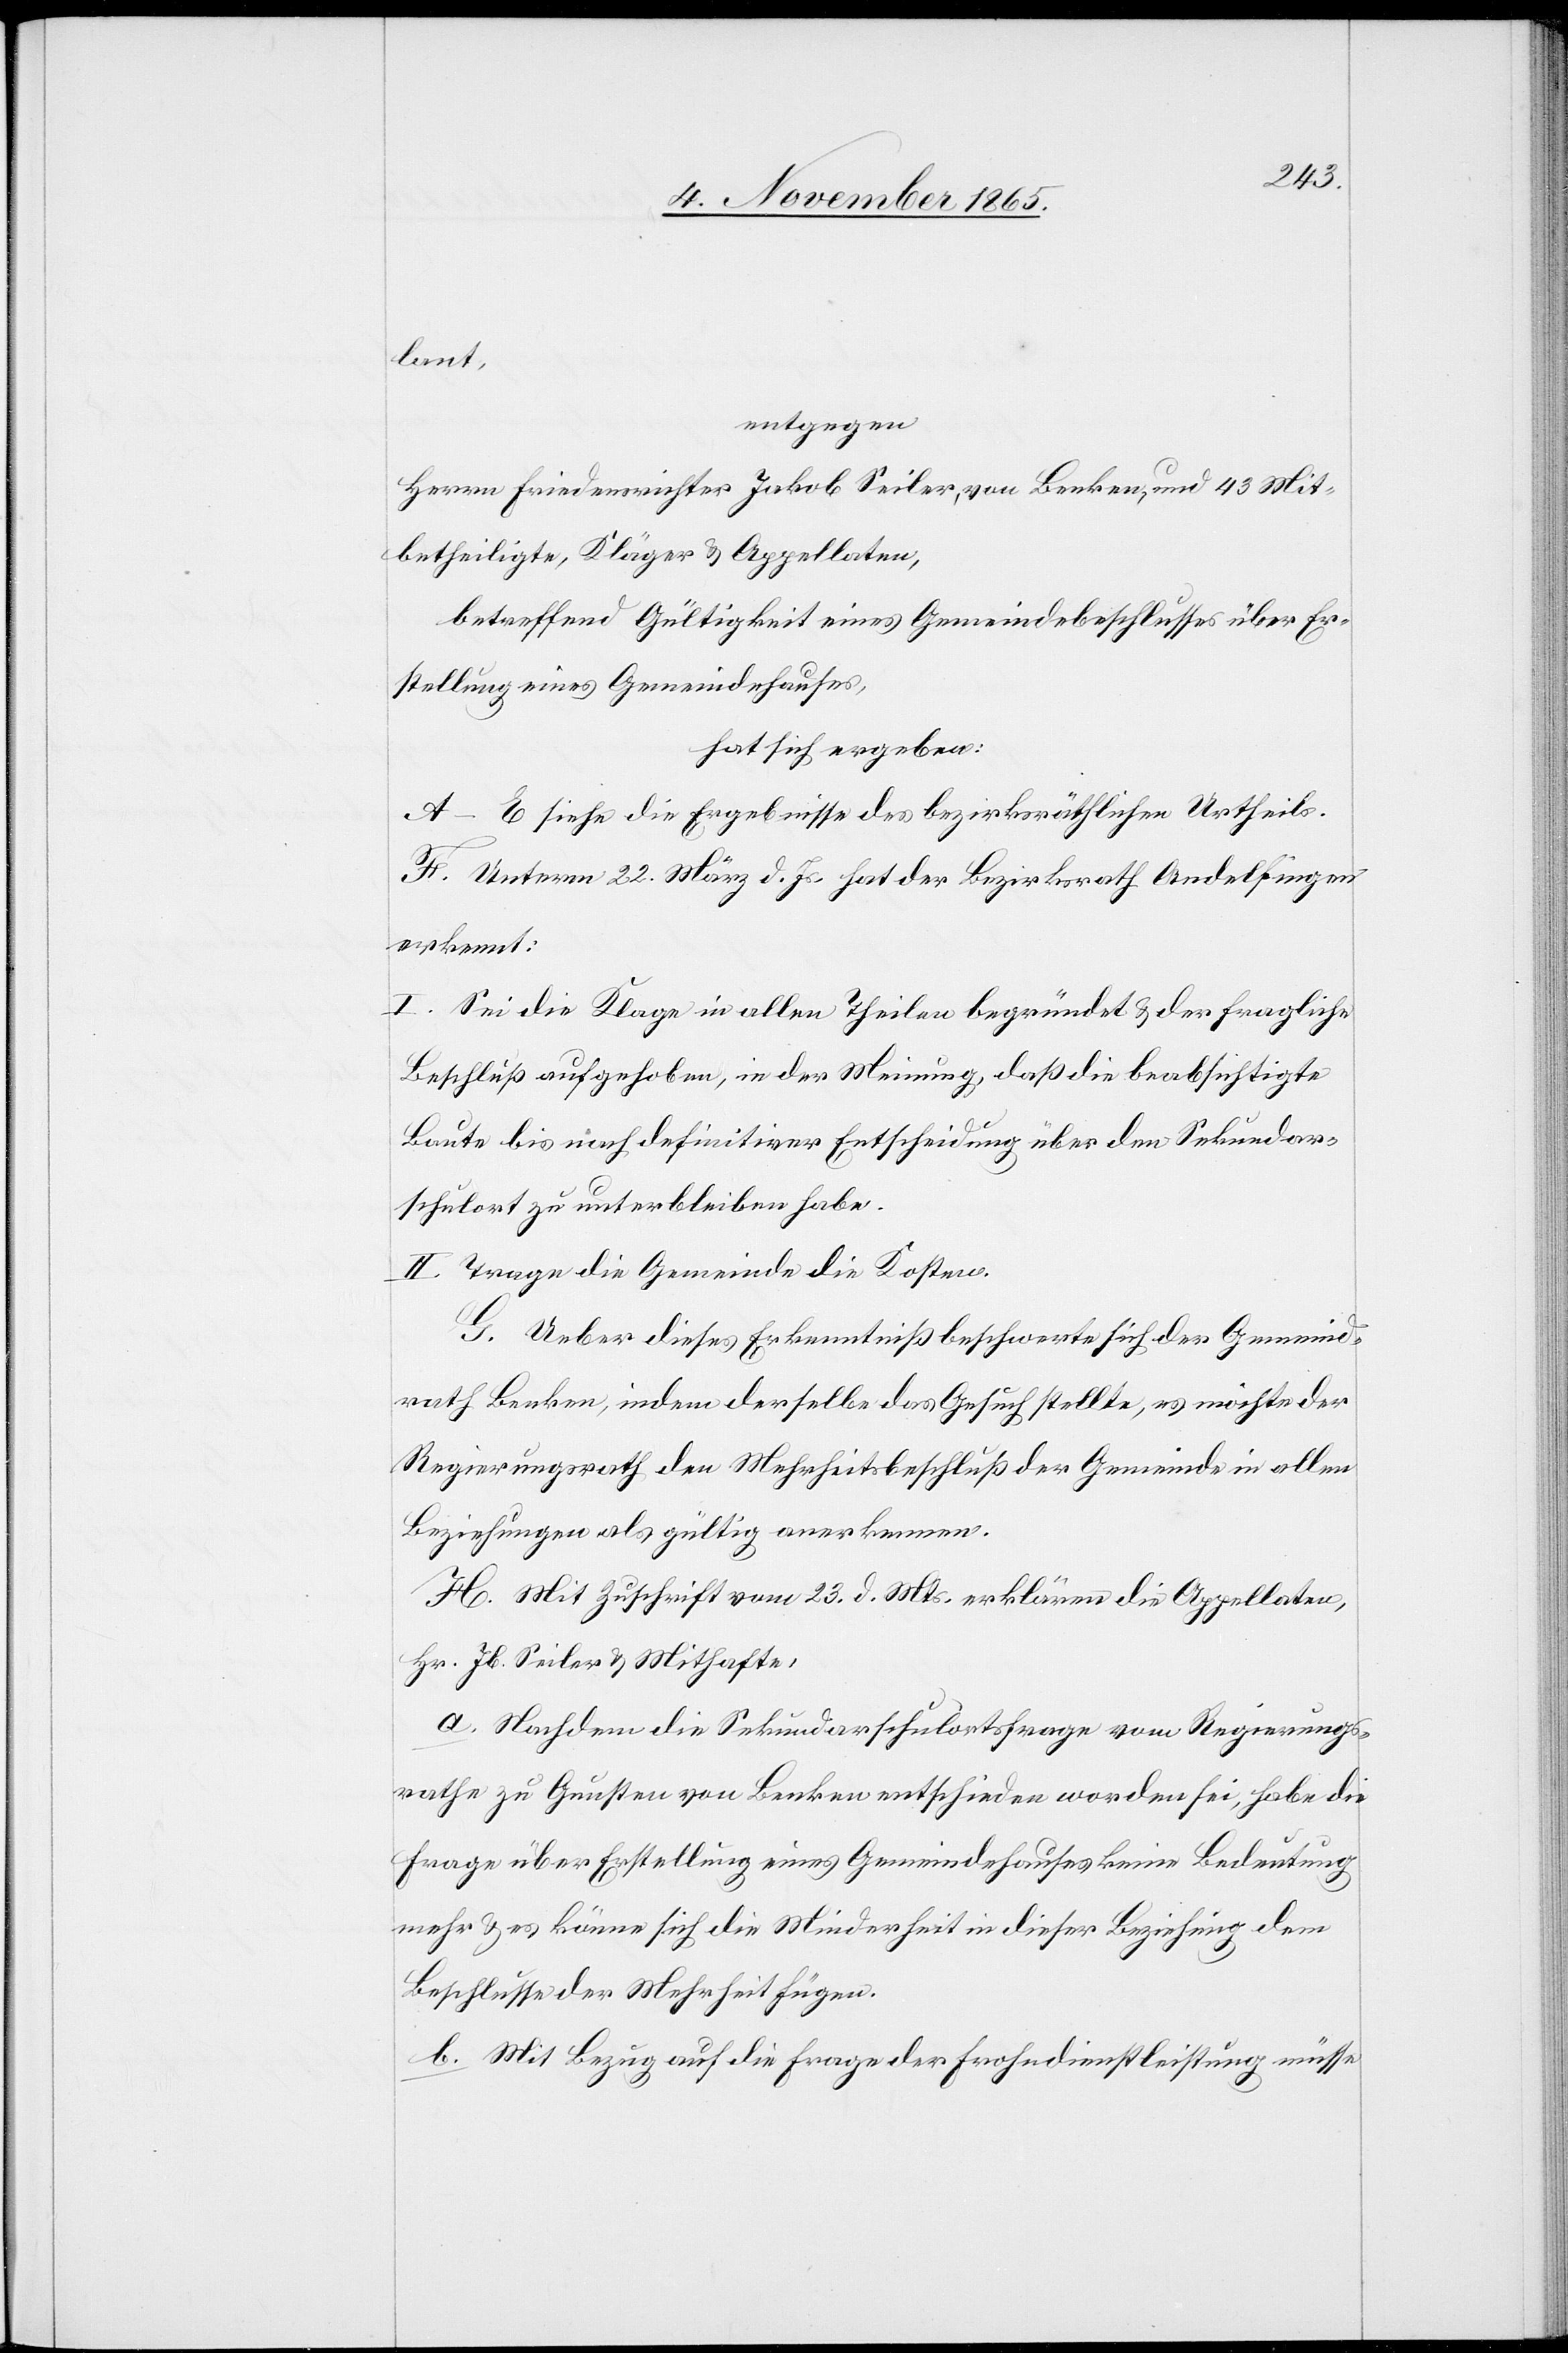
lant,
entgegen
Herrn Friedensrichter Jakob Seiler, von Benken, und 43 Mit¬
betheiligte, Kläger & Appellaten,
hat sich ergeben:
A–E siehe die Ergebnisse des bezirksräthlichen Urtheils.
F. Unterm 22. März d. Js. hat der Bezirksrath Andelfingen
erkennt:
I. Sei die Klage in allen Theilen begründet & der fragliche
Beschluß aufgehoben, in der Meinung, daß die beabsichtigte
Baute bis nach definitiver Entscheidung über den Sekundar¬
schulort zu unterbleiben habe.
II. Trage die Gemeinde die Kosten.
G. Ueber dieses Erkenntniß beschwerte sich der Gemeind¬
rath Benken, indem derselbe das Gesuch stellte, es möchte der
Regierungsrath den Mehrheitsbeschluß der Gemeinde in allen
Beziehungen als gültig anerkennen.
H. Mit Zuschrift vom 23. d. Mts. erklären die Appellaten,
Hr. Jb. Seiler & Mithafte:
a. Nachdem die Sekundarschulortsfrage vom Regierungs¬
rathe zu Gunsten von Benken entschieden worden sei, habe die
Frage über Erstellung eines Gemeindehauses keine Bedeutung
mehr & es könne sich die Minderheit in dieser Beziehung dem
Beschlusse der Mehrheit fügen.
b. Mit Bezug auf die Frage der Frohndienstleistung müsse